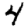
Digit: 4